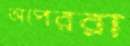
অপেররা